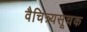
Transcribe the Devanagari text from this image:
वैचित्र्यसूचक